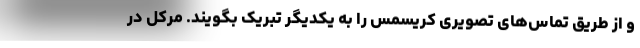
و از طریق تماس‌های تصویری کریسمس را به یکدیگر تبریک بگویند. مرکل در